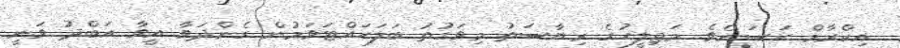
އިކްރާމް ހަސަނެވެ. މަޖިލީހުގެ ރިޔާސަތު މިވަގުތު ބަލަހައްޓަވަމުން ގެންދަވާ އީވާ އަބްދު ވަނީ